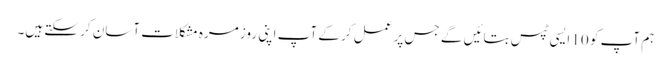
ہم آپ کو 10 ایسی ٹپس بتائیں گے جس پر عمل کر کے آپ اپنی روز مرہ مشکلات آسان کر سکتے ہیں۔